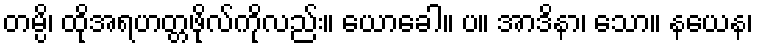
တမ္ပိ၊ ထိုအရဟတ္တဖိုလ်ကိုလည်း။ ယောခေါ။ ပ။ အာဒိနာ၊ သော။ နယေန၊